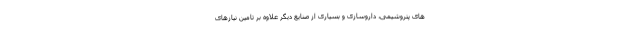
های پتروشیمی، داروسازی و بسیاری از صنایع دیگر علاوه بر تامین نیازهای